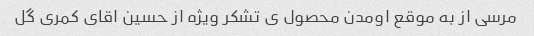
مرسی از به موقع اومدن محصول ی تشکر ویژه از حسین اقای کمری گل